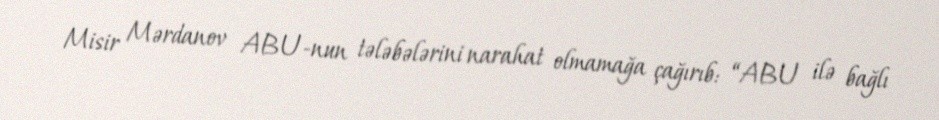
Misir Mərdanov ABU-nun tələbələrini narahat olmamağa çağırıb: “ABU ilə bağlı